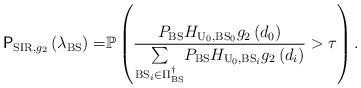
LaTeX: \begin{align*}\mathsf{P}_{\mathrm{SIR},g_{2}}\left(\lambda_{\mathrm{BS}}\right)= & \mathbb{P}\left(\frac{P_{\mathrm{BS}}H_{\mathrm{U}_{0},\mathrm{BS}_{0}}g_{2}\left(d_{0}\right)}{\underset{\mathrm{BS}_{i}\in\Pi_{\mathrm{BS}}^{\dagger}}{\sum}P_{\mathrm{BS}}H_{\mathrm{U}_{0},\mathrm{BS}_{i}}g_{2}\left(d_{i}\right)}>\tau\right).\end{align*}